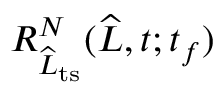
R _ { \widehat { L } _ { \mathrm { t s } } } ^ { N } ( \widehat { L } , t ; t _ { f } )